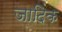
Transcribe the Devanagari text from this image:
जादिक